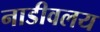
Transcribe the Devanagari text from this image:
नाडीवलय